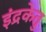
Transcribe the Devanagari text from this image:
इंद्रकेतु